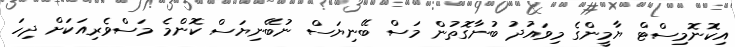
އިކޮނޮމިސްޓް ޔާމީންގެ މިވައުދު ބުނާގޮތުން މަސް ބޭނިޔަސް ނުބޭނިޔަސް ކޮންމެ މަސްވެރިއަކަށް ދިހަ